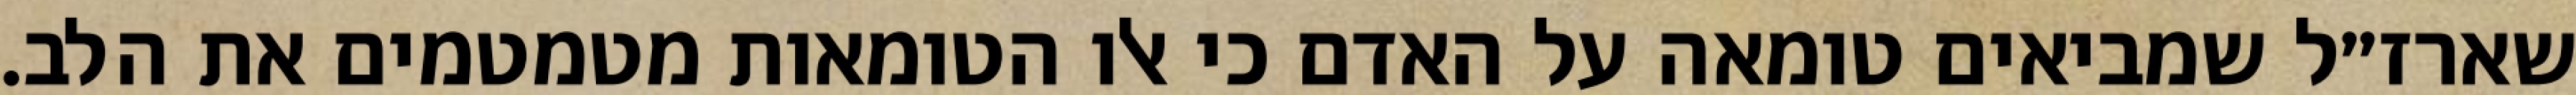
שארז״ל שמביאים טומאה על האדם כי אלו הטומאות מטמטמים את הלב.